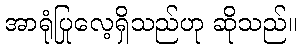
အာရုံပြုလေ့ရှိသည်ဟု ဆိုသည်။